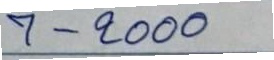
7 - 2000